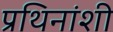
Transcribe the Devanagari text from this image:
प्रथिनांशी